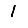
Digit: 1